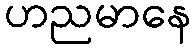
ဟညမာနေ